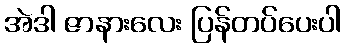
အဲဒါ ဇာနားလေး ပြန်တပ်ပေးပါ